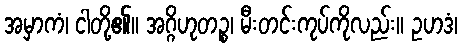
အမှာကံ၊ ငါတို့၏။ အဂ္ဂိဟုတဉ္စ၊ မီးတင်းကုပ်ကိုလည်း။ ဥဟဒံ၊